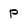
Character: P